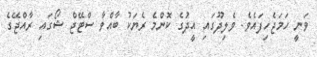
ވަނީ ހަމަޖެހިފައެވެ. ވެލިދޫގައި އީދުގެ ކޮންމެ ރެޔަކު ބާއްވާ ސްޓޭޖް ޝޯގައި ރާއްޖޭގެ